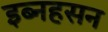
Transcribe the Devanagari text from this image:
इब्नहसन